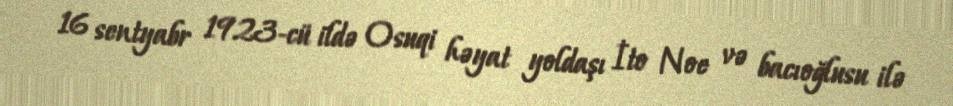
16 sentyabr 1923-cü ildə Osuqi həyat yoldaşı İto Noe və bacıoğlusu ilə